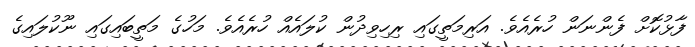
ފާޅުކޮށް ފެންނަން ހުރެއެވެ. އަރިމަތީގައި ރިހިވިދުން ކުލައެއް ހުރެއެވެ. މަހުގެ މަތީބައިގައި ނޫކުލައިގެ